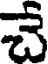
చే